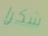
شكرا